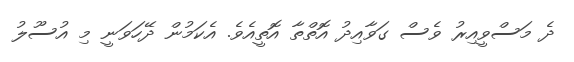
ދެ މަސްވީއިރު ވެސް ގަވާއިދު އޮތްތާ އޮތީއެވެ. އެކަމުން ދޭހަވަނީ މި އުސޫލު